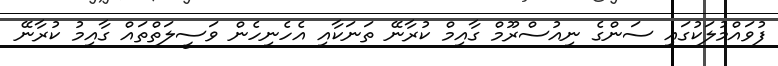
ފުވައްމުލަކުގައި ސަންގެ ނިއުސްރޫމް ގާއިމް ކުރާނޭ ތަނަކާއި އެހެނިހެން ވަސީލަތްތައް ގާއިމު ކުރާނޭ